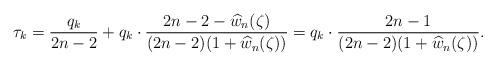
LaTeX: \begin{align*}\tau_{k}=\frac{q_{k}}{2n-2}+q_{k}\cdot\frac{2n-2-\widehat{w}_{n}(\zeta)}{(2n-2)(1+\widehat{w}_{n}(\zeta))}=q_{k}\cdot \frac{2n-1}{(2n-2)(1+\widehat{w}_{n}(\zeta))}.\end{align*}